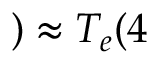
) \approx T _ { e } ( 4